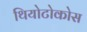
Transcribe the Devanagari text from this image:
थियोटोकोस